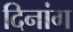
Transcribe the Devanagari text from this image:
दिनांग